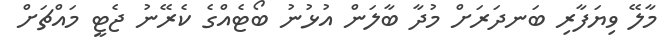
މާލޭ ވިޔަފާރި ބަނދަރަށް މުދާ ބާލަން އުޅުނު ބޯޓެއްގެ ކެރޭނު ޖެޓީ މައްޗަށް